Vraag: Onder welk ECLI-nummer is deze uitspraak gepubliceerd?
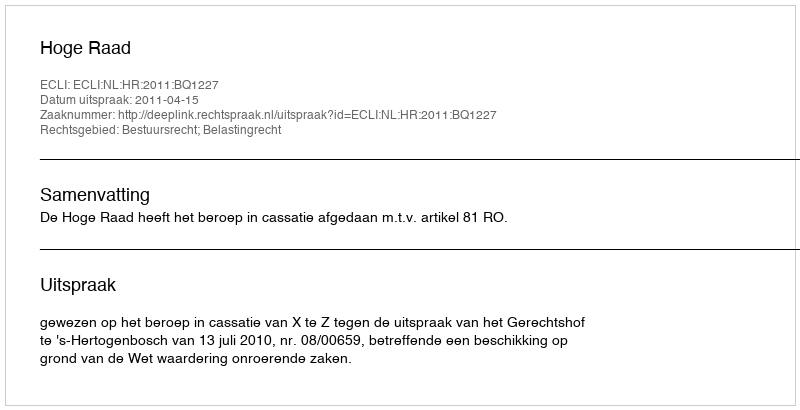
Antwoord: ECLI:NL:HR:2011:BQ1227